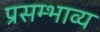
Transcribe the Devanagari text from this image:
प्रसम्भाव्य